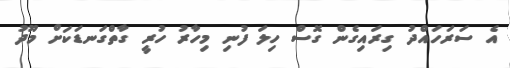
އެ ސަރަހައްދު ގިރައިގެން ގޮސް ހިލަ ފުނި މިހާރު ހުރީ ގާތްގަނޑަކަށް މޫދު